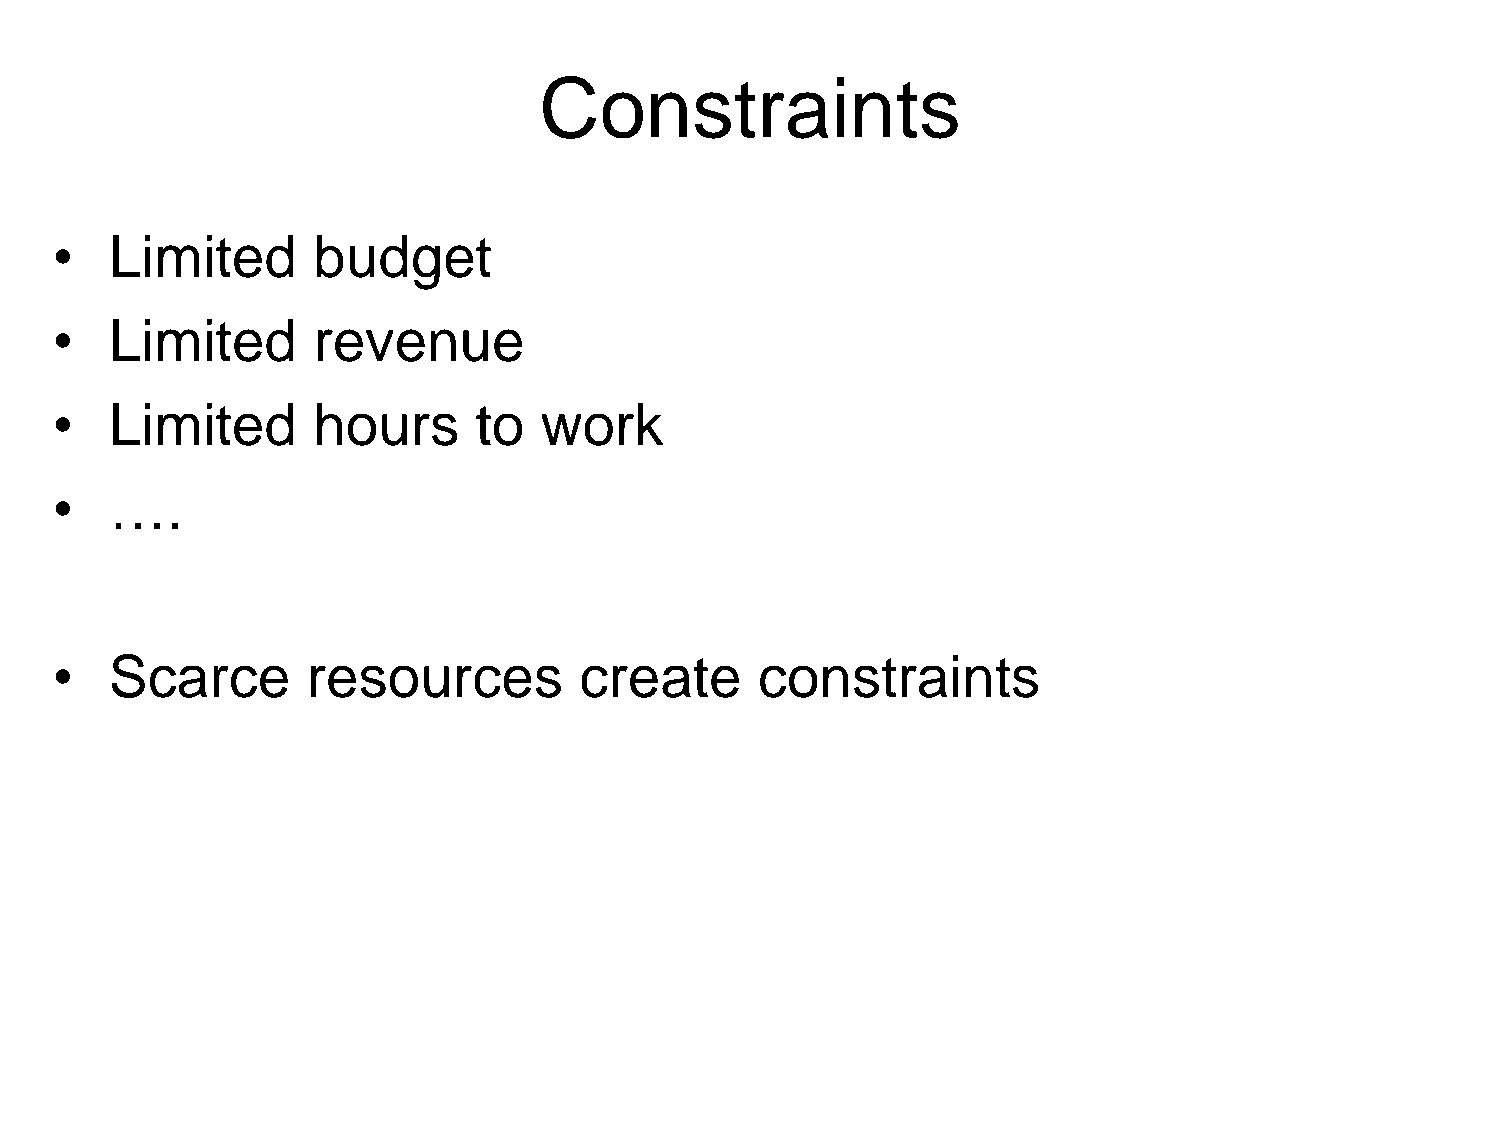
Constraints
 •   Limited       budget
 •   Limited       revenue
 •   Limited       hours     to   work
 •   ….
 •   Scarce       resources         create      constraints